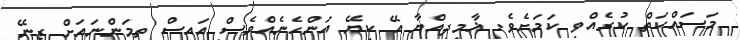
މަސައްކަތް ކުރެއްވި ކަމަށެވެ. ޣާމިދިއްޔާ އޭ ކިޔޭ އަންހެނެއްވެސް އައިސް ތިމަންނައަށް ޒިނޭ